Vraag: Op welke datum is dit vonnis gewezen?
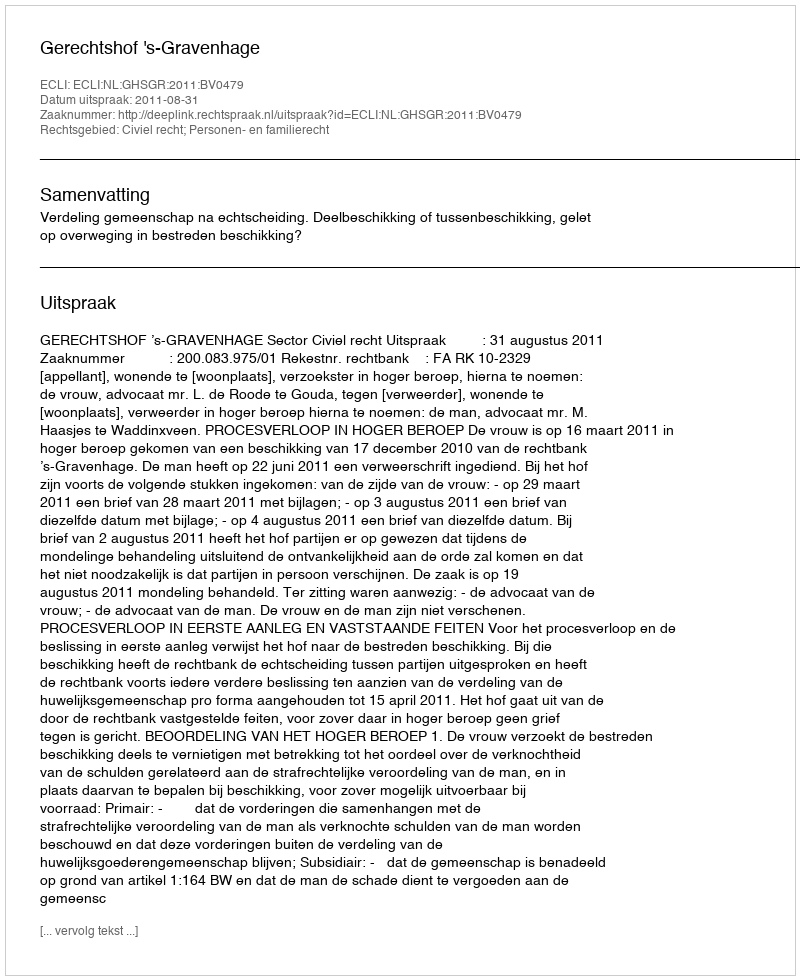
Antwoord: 2011-08-31